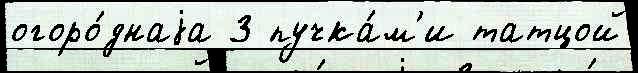
огоро́днаjа 3 пучка́м'и татцой